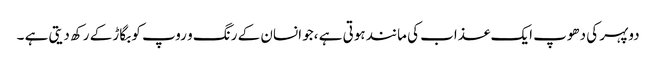
دوپہر کی دھوپ ایک عذاب کی مانند ہوتی ہے ،جو انسان کے رنگ و روپ کو بگاڑ کے رکھ دیتی ہے ۔